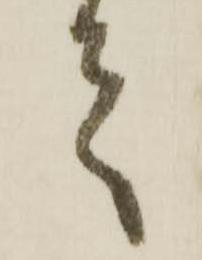
言